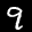
Label: 9